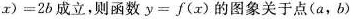
$$x)=2b$$成立，则函数$$y=f(x)$$的图象关于点(a，b)